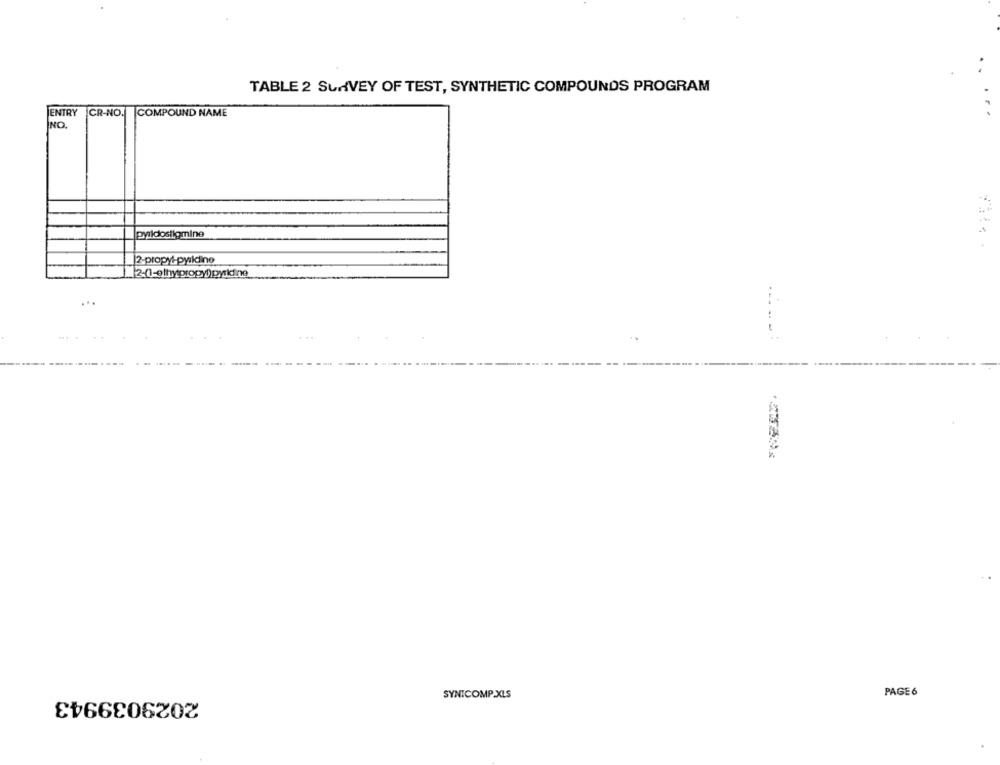
TABLE 2 SURVEY OF TEST, SYNTHETIC COMPOUNDS PROGRAM
ENTRY
CR-NO.
COMPOUND NAME
NO.
pyildostigmine
[2-propy -- pyildine
2-01-ethypropy)) pyridine
......:
2029039943
SYNICOMP.XLS
PAGE6